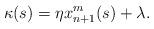
LaTeX: \begin{align*}\kappa(s)=\eta x_{n+1}^m(s)+\lambda.\end{align*}